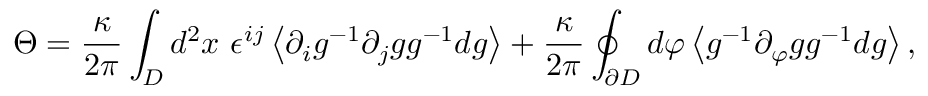
\Theta = \frac { \kappa } { 2 \pi } \int _ { D } d ^ { 2 } x ~ \epsilon ^ { i j } \left< \partial _ { i } g ^ { - 1 } \partial _ { j } g g ^ { - 1 } d g \right> + \frac { \kappa } { 2 \pi } \oint _ { \partial { D } } d \varphi \left< g ^ { - 1 } \partial _ { \varphi } g g ^ { - 1 } d g \right> ,